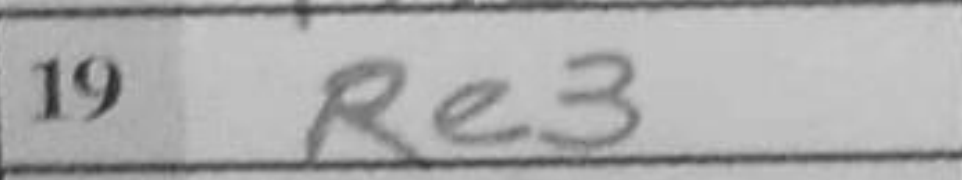
Transcription: Re3